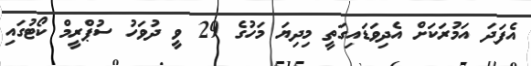
އެފަދަ އަމުރަކަށް އެދިވަޑައިގަތީ މިދިޔަ މަހުގެ 29 ވީ ދުވަހު ސުޕްރީމް ކޯޓުގައި